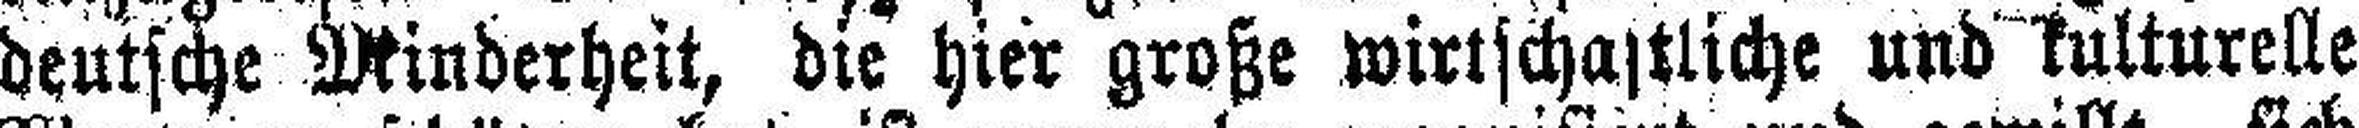
deutsche Minderheit, die hier große wirtschaftliche und kulturelle